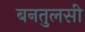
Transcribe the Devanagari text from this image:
बनतुलसी